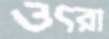
ওৎরা